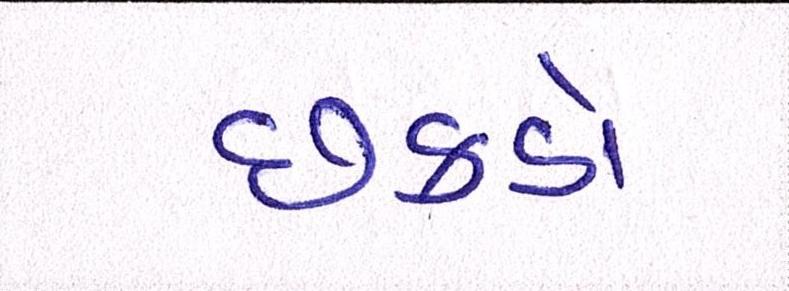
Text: છકડો